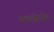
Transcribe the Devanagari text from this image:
सफईराोर